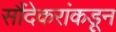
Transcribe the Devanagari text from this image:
सौंदेकरांकडून